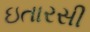
ઇતારસી